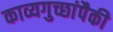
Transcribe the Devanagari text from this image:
काव्यगुच्छांपैकी